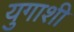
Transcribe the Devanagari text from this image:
युगाशी